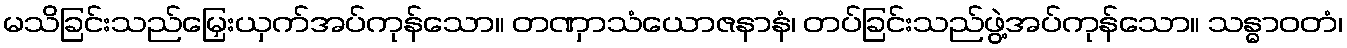
မသိခြင်းသည်မြှေးယှက်အပ်ကုန်သော။ တဏှာသံယောဇနာနံ၊ တပ်ခြင်းသည်ဖွဲ့အပ်ကုန်သော။ သန္ဓာဝတံ၊